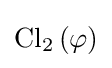
\operatorname {Cl} _{2}\left(\varphi \right)